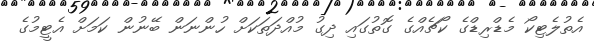
އެތުލެޓިކޯ މެޑްރިޑްގެ ކޯޗެއްގެ ގޮތުގައި ދިގު މުއްދަތަކަށް ހުންނަން ބޭނުން ކަމަށް އެޓީމުގެ